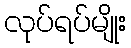
လုပ်ရပ်မျိုး